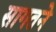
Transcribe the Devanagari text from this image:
सागतने